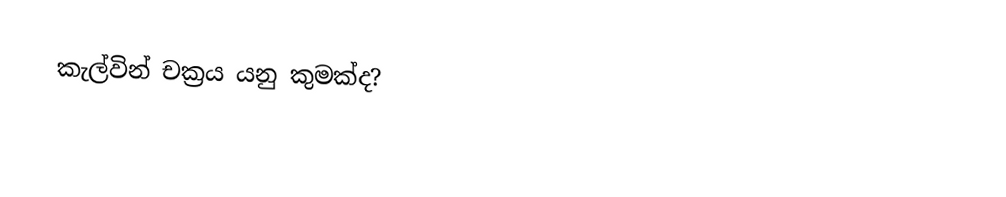
කැල්වින් චක්‍රය යනු කුමක්ද?